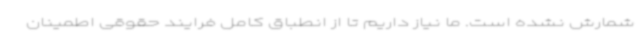
شمارش نشده است. ما نیاز داریم تا از انطباق کامل فرایند حقوقی اطمینان